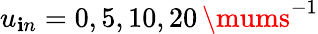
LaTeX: u_{\mathbf{i}n}=0,5,10,20\, \mums^{-1}